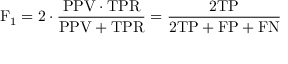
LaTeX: \mathrm { F } _ { 1 } = 2 \cdot { \frac { \mathrm { P P V } \cdot \mathrm { T P R } } { \mathrm { P P V } + \mathrm { T P R } } } = { \frac { 2 \mathrm { T P } } { 2 \mathrm { T P } + \mathrm { F P } + \mathrm { F N } } }